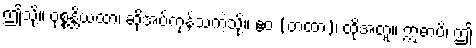
ဤသို့။ ဝုစ္စန္တိယထာ၊ ဆိုအပ်ကုန်သကဲ့သို့။ ဧဝံ (တထာ)၊ ထိုအတူ။ ဣဓာပိ၊ ဤ